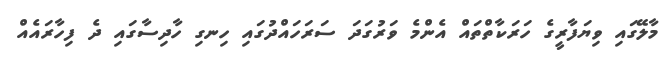
މާލޭގައި ވިޔަފާރީގެ ހަރަކާތްތައް އެންމެ ވަރުގަދަ ސަރަހައްދުގައި ހިނގި ހާދިސާގައި ދެ ފިހާރައެއް